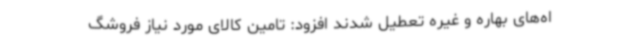
اه‌های بهاره و غیره تعطیل شدند افزود: تامین کالای مورد نیاز فروشگ